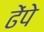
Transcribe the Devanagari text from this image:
ढेंपे